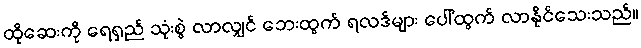
ထိုဆေးကို ရေရှည် သုံးစွဲ လာလျှင် ဘေးထွက် ရလဒ်များ ပေါ်ထွက် လာနိုင်သေးသည်။